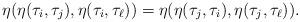
LaTeX: \begin{align*}\eta(\eta(\tau_i, \tau_j), \eta(\tau_i, \tau_\ell))=\eta(\eta(\tau_j, \tau_i), \eta(\tau_j, \tau_\ell)).\end{align*}